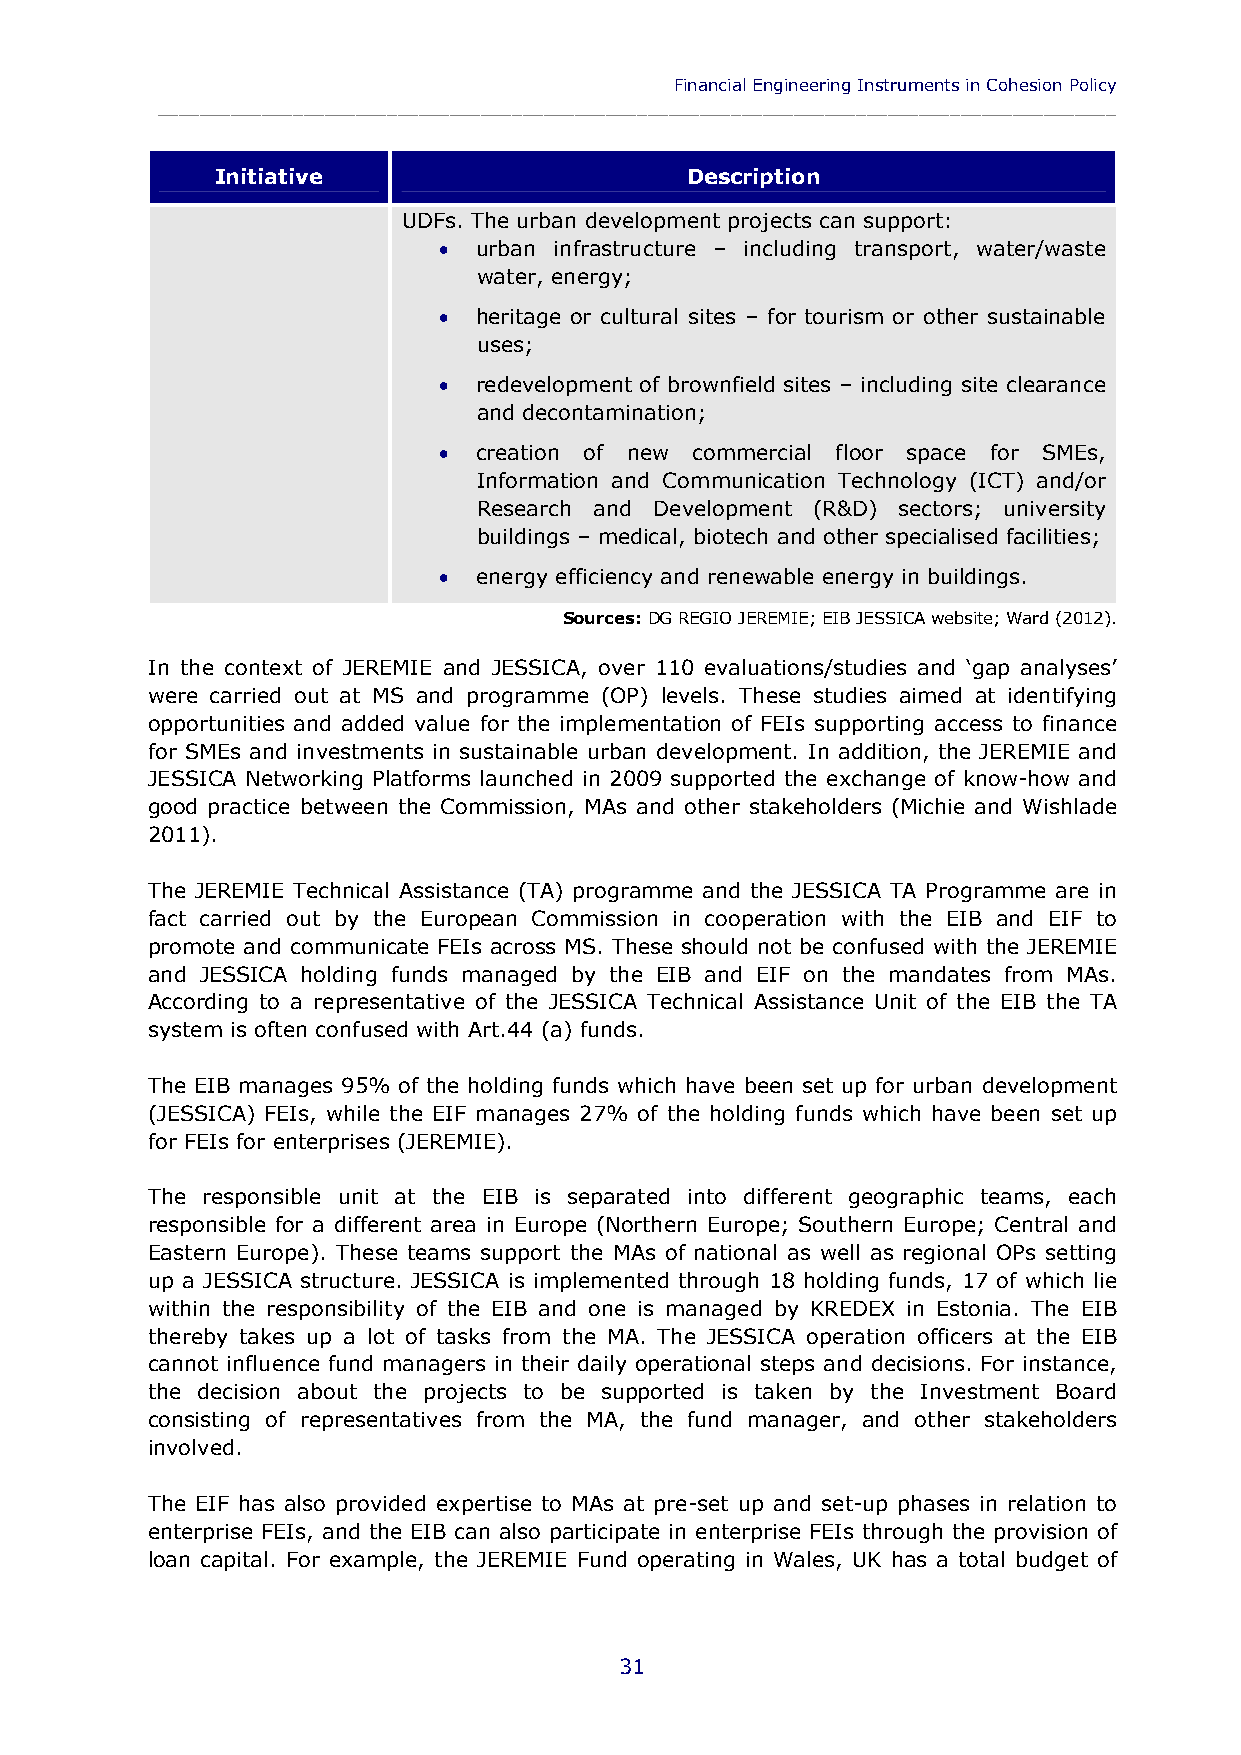
Financial Engineering Instruments in Cohesion Policy
 ____________________________________________________________________________________________
 Initiative                     Description
 UDFs. The urban development projects can support:
  urban infrastructure – including transport, water/waste
 water, energy;
  heritage or cultural sites – for tourism or other sustainable
 uses;
  redevelopment of brownfield sites – including site clearance
 and decontamination;
  creation of new commercial floor space for SMEs,
 Information and Communication Technology (ICT) and/or
 Research and Development (R&D) sectors; university
 buildings – medical, biotech and other specialised facilities;
  energy efficiency and renewable energy in buildings.
 Sources: DG REGIO JEREMIE; EIB JESSICA website; Ward (2012).
 In the context of JEREMIE and JESSICA, over 110 evaluations/studies and ‘gap analyses’
 were carried out at MS and programme (OP) levels. These studies aimed at identifying
 opportunities and added value for the implementation of FEIs supporting access to finance
 for SMEs and investments in sustainable urban development. In addition, the JEREMIE and
 JESSICA Networking Platforms launched in 2009 supported the exchange of know-how and
 good practice between the Commission, MAs and other stakeholders (Michie and Wishlade
 2011).
 The JEREMIE Technical Assistance (TA) programme and the JESSICA TA Programme are in
 fact carried out by the European Commission in cooperation with the EIB and EIF to
 promote and communicate FEIs across MS. These should not be confused with the JEREMIE
 and JESSICA holding funds managed by the EIB and EIF on the mandates from MAs.
 According to a representative of the JESSICA Technical Assistance Unit of the EIB the TA
 system is often confused with Art.44 (a) funds.
 The EIB manages 95% of the holding funds which have been set up for urban development
 (JESSICA) FEIs, while the EIF manages 27% of the holding funds which have been set up
 for FEIs for enterprises (JEREMIE).
 The responsible unit at the EIB is separated into different geographic teams, each
 responsible for a different area in Europe (Northern Europe; Southern Europe; Central and
 Eastern Europe). These teams support the MAs of national as well as regional OPs setting
 up a JESSICA structure. JESSICA is implemented through 18 holding funds, 17 of which lie
 within the responsibility of the EIB and one is managed by KREDEX in Estonia. The EIB
 thereby takes up a lot of tasks from the MA. The JESSICA operation officers at the EIB
 cannot influence fund managers in their daily operational steps and decisions. For instance,
 the decision about the projects to be supported is taken by the Investment Board
 consisting of representatives from the MA, the fund manager, and other stakeholders
 involved.
 The EIF has also provided expertise to MAs at pre-set up and set-up phases in relation to
 enterprise FEIs, and the EIB can also participate in enterprise FEIs through the provision of
 loan capital. For example, the JEREMIE Fund operating in Wales, UK has a total budget of
 31